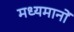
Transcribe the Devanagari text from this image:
मध्यमानों